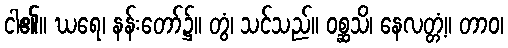
ငါ၏။ ဃရေ၊ နန်းတော်၌။ တွံ၊ သင်သည်။ ဝစ္ဆသိ၊ နေလတ္တံ့။ တာဝ၊